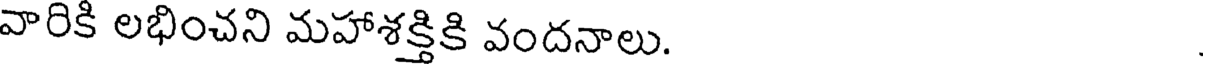
వారికి లభించని మహాశక్తికి వందనాలు.